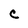
Character: C